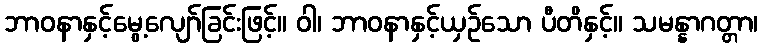
ဘာဝနာနှင့်မွေ့လျော်ခြင်းဖြင့်။ ဝါ၊ ဘာဝနာနှင့်ယှဉ်သော ပီတိနှင့်။ သမန္နာဂတ္တာ၊